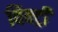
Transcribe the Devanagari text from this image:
विक्‍ट्री